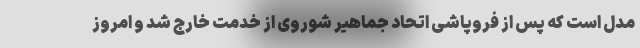
مدل است که پس از فروپاشی اتحاد جماهیر شوروی از خدمت خارج شد و امروز